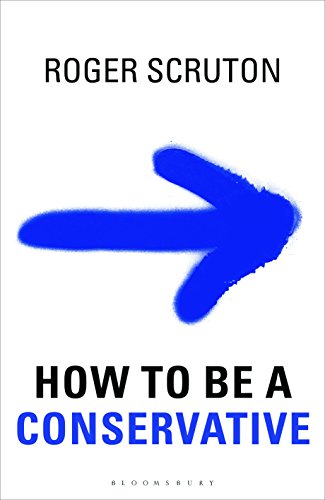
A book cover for How to be a conservative; Roger Scruton; Politics & Social Sciences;